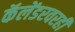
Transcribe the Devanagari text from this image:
कॅलेंडरवरही